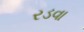
રડવા